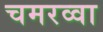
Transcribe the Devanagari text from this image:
चमरव्‍वा